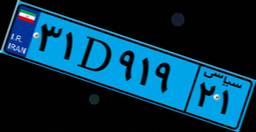
۳۱D۹۱۹۲۱